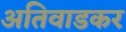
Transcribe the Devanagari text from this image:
अतिवाडकर